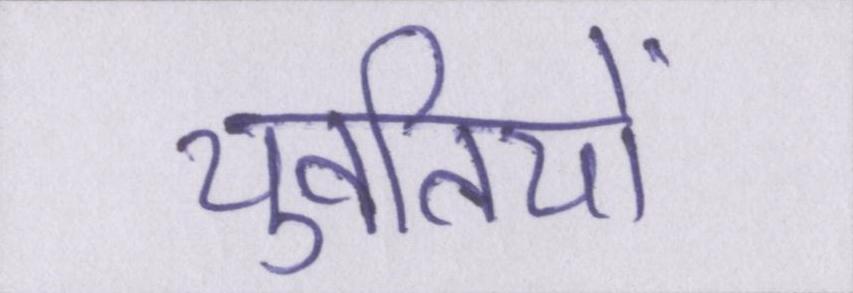
युवतियों